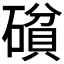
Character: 𰧝